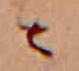
公